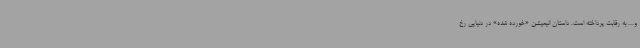
و... به رقابت پرداخته است. داستان انیمیشن «خورده شده» در دنیایی رخ